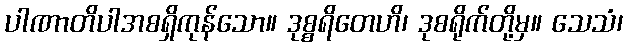
ပါဏာတိပါအစရှိကုန်သော။ ဒုစ္စရိတေဟိ၊ ဒုစရိုက်တို့မှ။ သေသံ၊